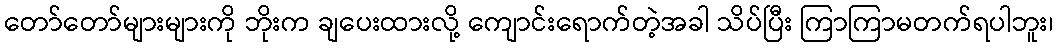
တော်တော်များများကို ဘိုးက ချပေးထားလို့ ကျောင်းရောက်တဲ့အခါ သိပ်ပြီး ကြာကြာမတက်ရပါဘူး၊